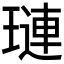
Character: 璉